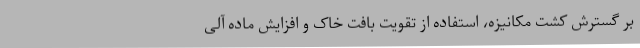
بر گسترش کشت مکانیزه، استفاده از تقویت بافت خاک و افزایش ماده آلی